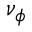
\nu _ { \phi }